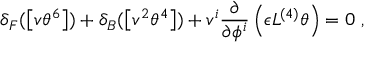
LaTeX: \delta _ { F } ( \left[ v \theta ^ { 6 } \right] ) + \delta _ { B } ( \left[ v ^ { 2 } \theta ^ { 4 } \right] ) + v ^ { i } \frac { \partial } { \partial \phi ^ { i } } \left( \epsilon L ^ { ( 4 ) } \theta \right) = 0 ~ ,